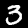
Label: 3